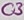
Text: C3